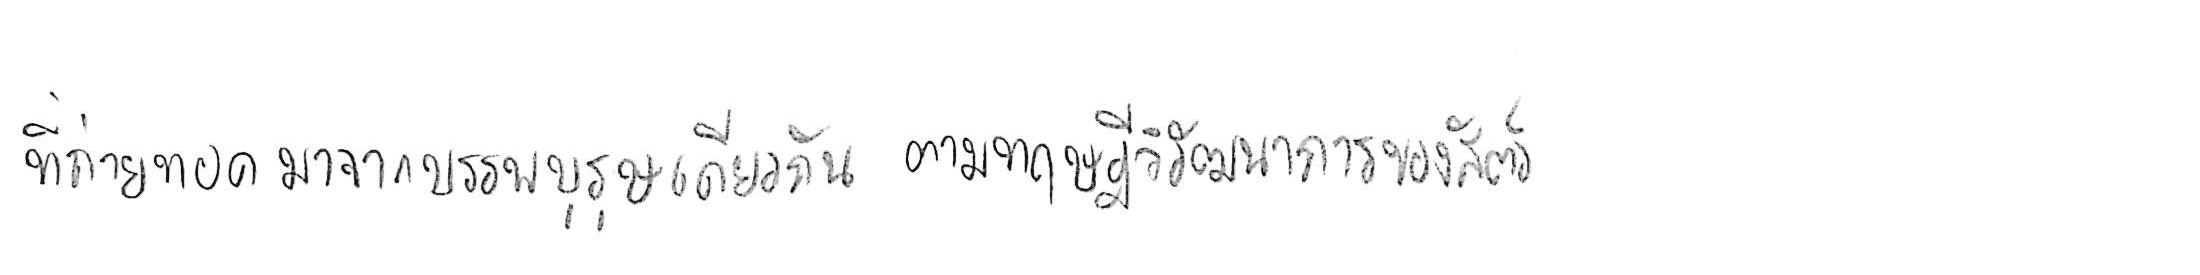
ที่ถ่ายทอดมาจากบรรพบุรุษเดียวกัน ตามทฤษฎีวิวัฒนาการของสัตว์